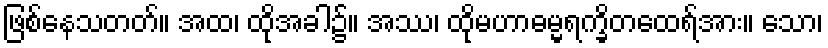
ဖြစ်နေသတတ်။ အထ၊ ထိုအခါ၌။ အဿ၊ ထိုမဟာဓမ္မရက္ခိတထေရ်အား။ သော၊